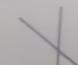
Signature authenticity: forged